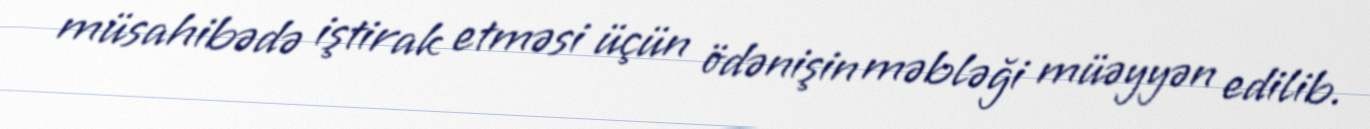
müsahibədə iştirak etməsi üçün ödənişin məbləği müəyyən edilib.